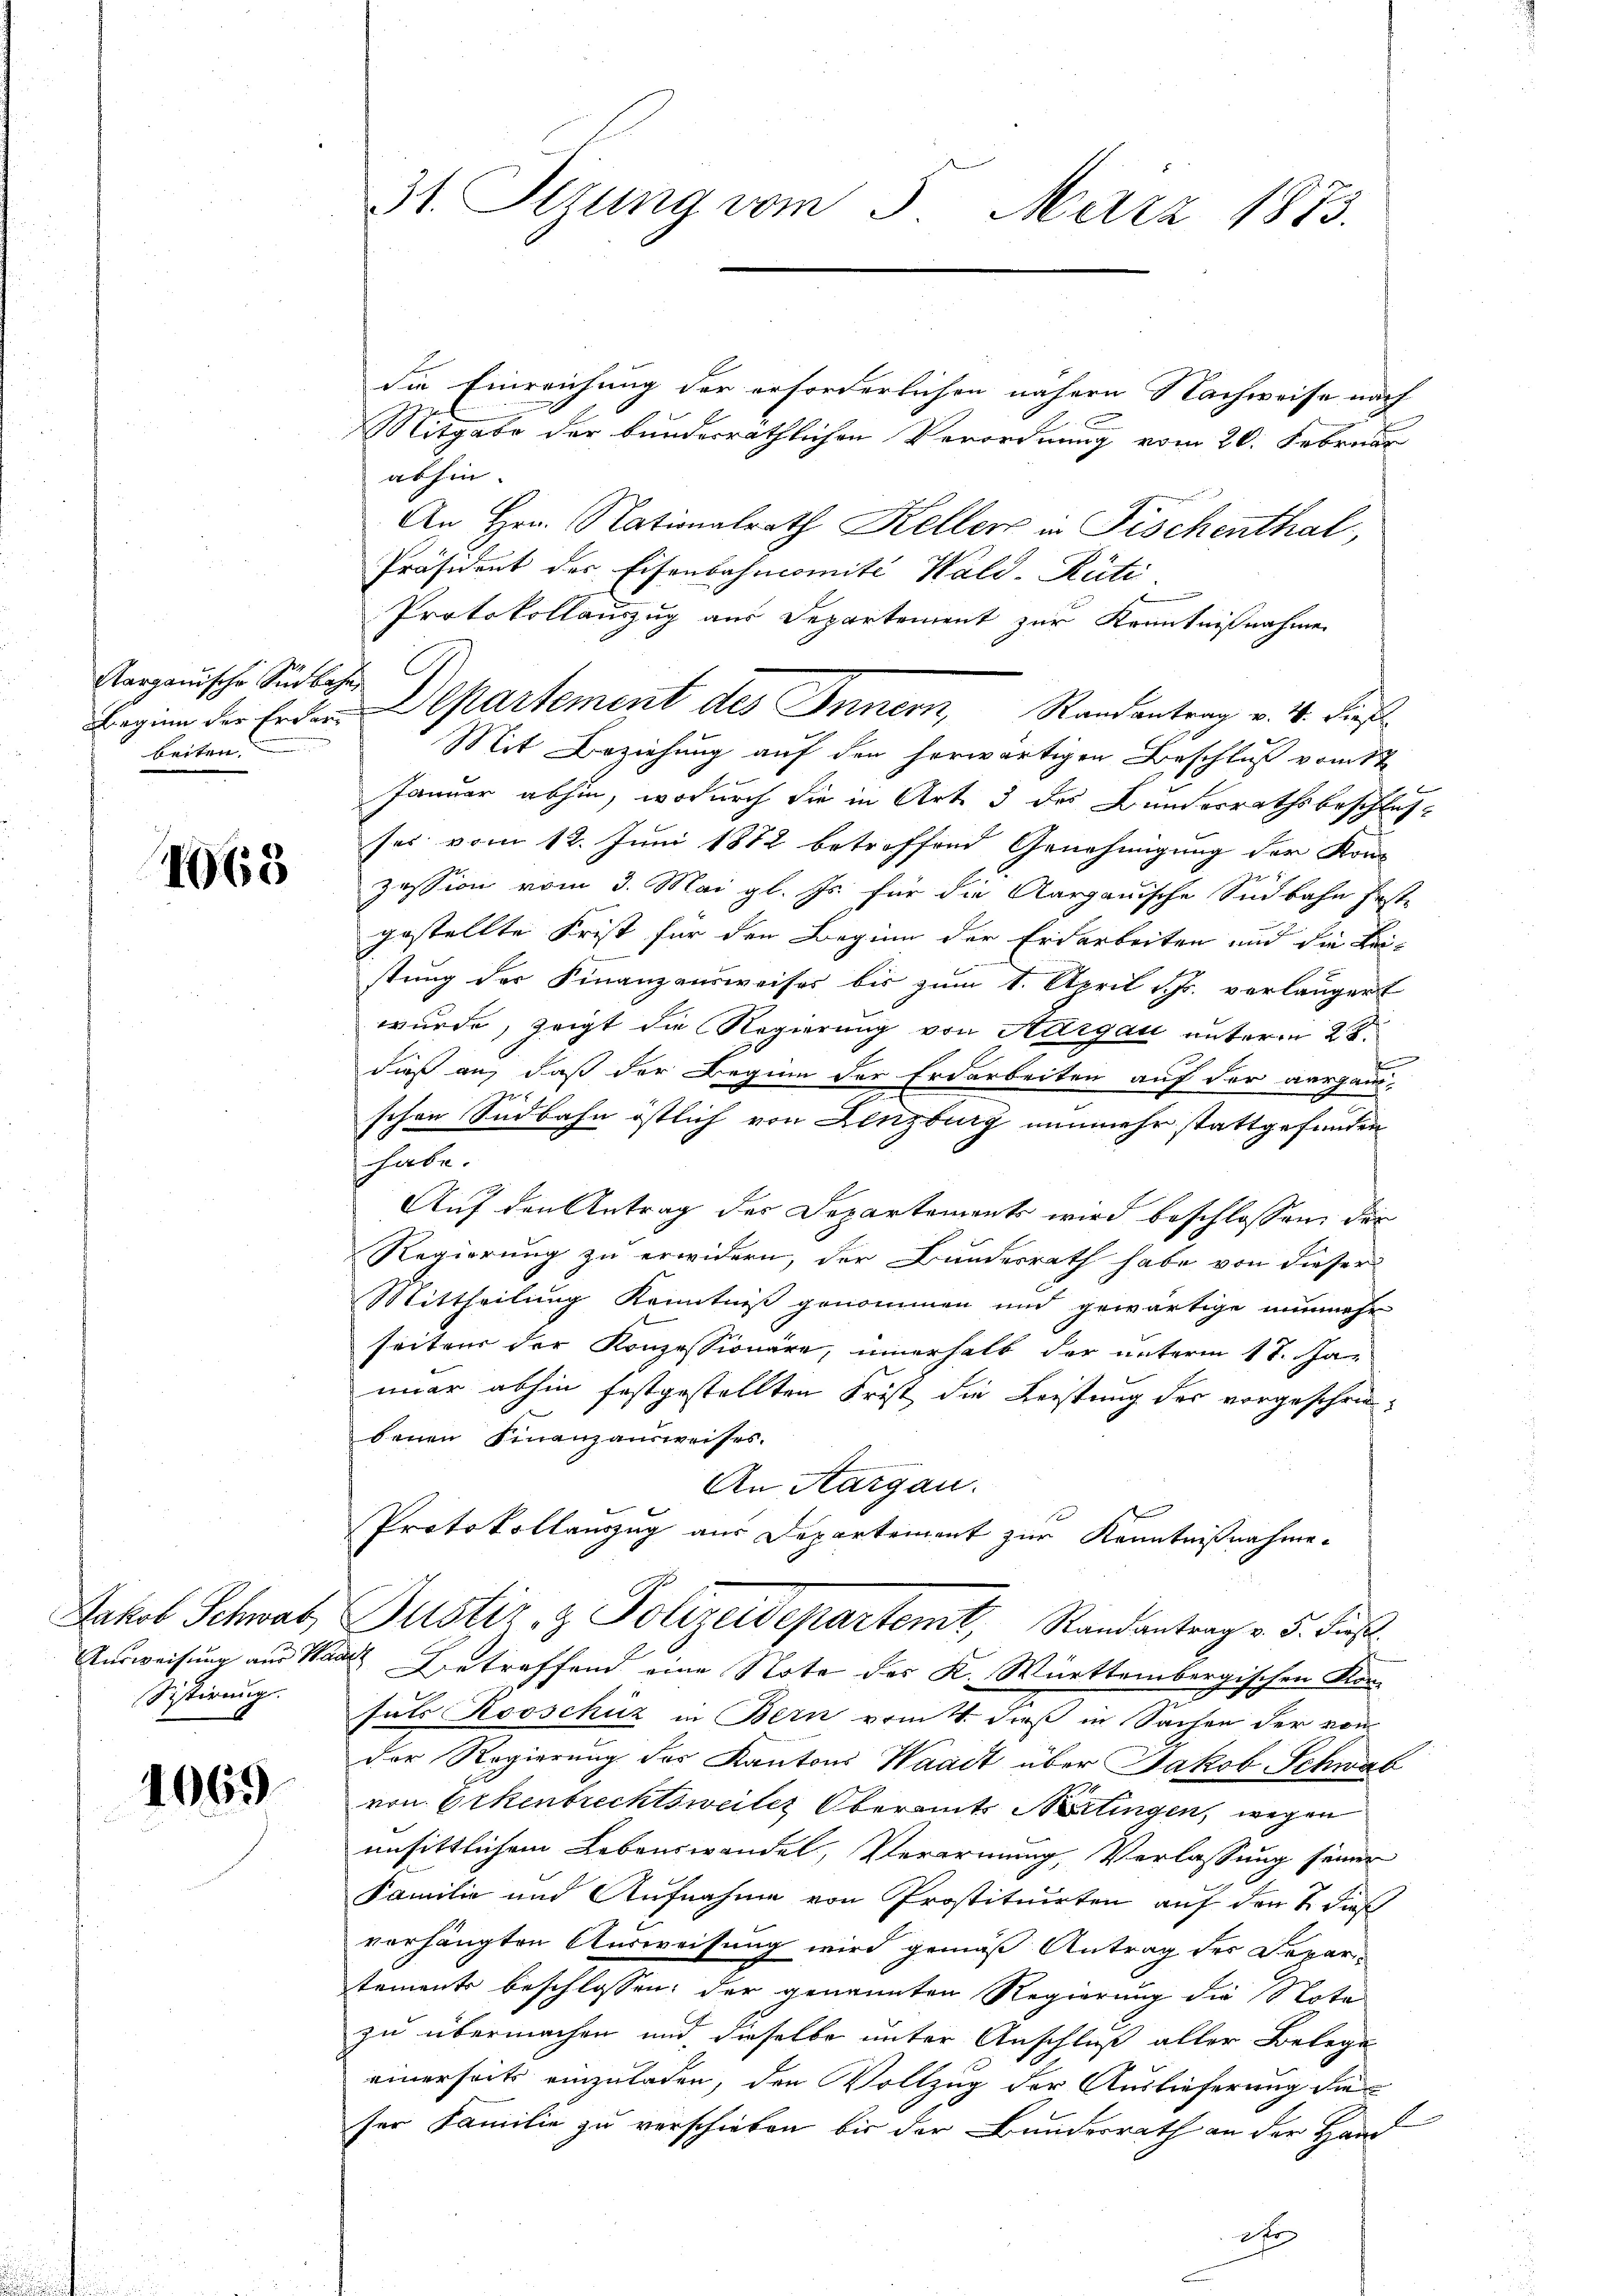
Aargauische Südbahn
Beginn der Erdar
beiten.

1065

Jakob Schwab
Ausweisung aus Har
Sistirung.

1069

31. Sizung vom 5. März 1873.

die Einreichung der erforderlichen nähern Nachweise nach
Mitgabe der bunderräthlichen Verordnung vom 26. Februar
abhin.
An Hrn. Nationalrath Keller in Fischenthal,
Präsident des Eisenbahncomité Wald-Rüti
Protokollauszug aus Departement zur Kenntnißnahme
Mit Beziehung auf den herwärtigen Beschluß vom 1te
Januar abhin, wodurch die in Art. 3 des Bundesrathsbeschluß
ses vom 12. Juni 1882 betreffend Genehmigung der Kon-
zession vom 3. Mai gl. Js. für die Aargauische Südbahn feste
gestellte Frist für den Beginn der Erdarbeiten und die Leistung der Finanzensweises bis zum 1. April h. verlangert
wurde, zeigt die Regierung von Aargau unterm 28.
dieß an, daß der Beginn der Erdarbeiten auf der aarganr
.
schen Undbahn östlich von Lenzburg nunmehr stattgefunden
habe.
Auf den Antrag des Departements wird beschlossen, der
Regierung zu erwidern, der Bundesrath habe von dieser
Mittheilung Kenntniß genommen und gewärtige nunmehr
seitens der Konzessionäre, innerhalb der unterm 17. Ja-
imar abhin festgestellten Frist die Leistung der vorgeschriebenen Finanzausweises.
An Aargau.
Protokollauszug aus Departement zur Kenntnißnahme.
Justiz- & Polizeidepartemt, Randantrag v. 5. Fürstl.
2 Betreffend eine Note des K. Württembergischen Kon

sats Rooschüz in Bern vom 4. dieß in Sachen der von
Der Regierung des Kantons Waadt über Jakob Schwab
von Erkenbrechtsweiler Oberamt Wirtingen, wegen
ansittlichem Lebenswandel, Verarmung, Verlassung seiner
Familie und Aufnahme von Prostituirten auf den 2. dieß
verhängten Ausweisung wird gemäß Antrag der Departements beschlossen: der genannten Regierung die Nota
zu übermachen und dieselbe unter Anschluß aller Belege
einerseits einzuladen, den Vollzug der Auslieferung die
E
ser Familie zu verschieben bis der Bundesrath an der Hand
2fr

Departement des Innern, Randantrag v. 4. Sie